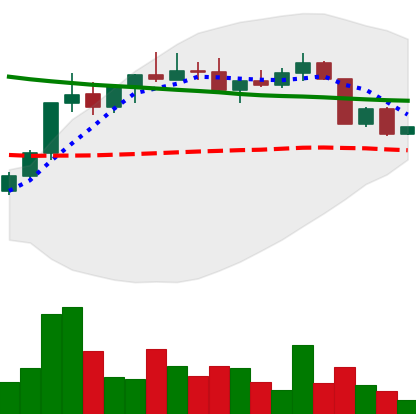
Ticker: ADA-USD
Chart end date: 2022-04-09
Forward return: -10.775%
Label: down_7plus